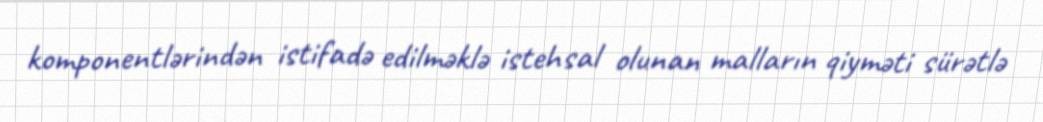
komponentlərindən istifadə edilməklə istehsal olunan malların qiyməti sürətlə